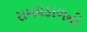
સમયકાળની